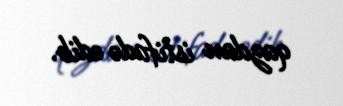
qazdan istifadə edib.